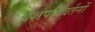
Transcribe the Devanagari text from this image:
वंशपरिवर्तनों